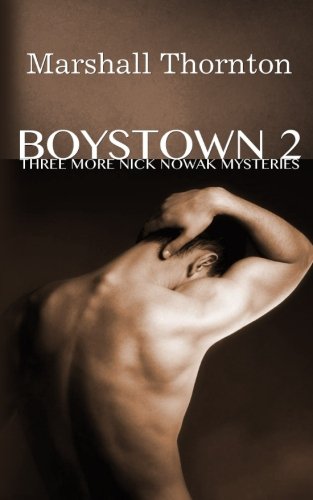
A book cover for Boystown 2: Three More Nick Nowak Mysteries (Boystown Mysteries) (Volume 2); Marshall Thornton; Romance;